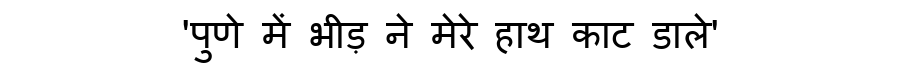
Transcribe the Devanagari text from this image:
'पुणे में भीड़ ने मेरे हाथ काट डाले'